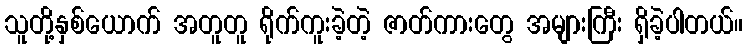
သူတို့နှစ်ယောက် အတူတူ ရိုက်ကူးခဲ့တဲ့ ဇာတ်ကားတွေ အများကြီး ရှိခဲ့ပါတယ်။